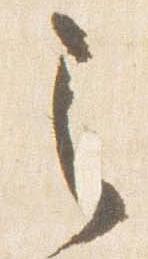
之